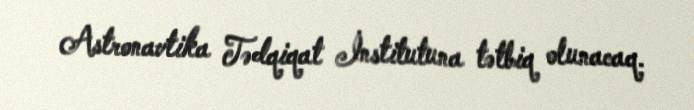
Astronavtika Tədqiqat İnstitutuna tətbiq olunacaq.